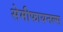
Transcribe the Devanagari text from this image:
सेमीफायनल्स